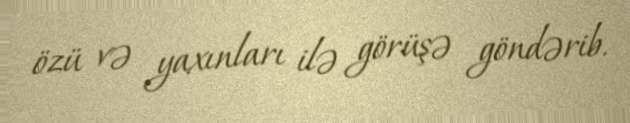
özü və yaxınları ilə görüşə göndərib.